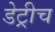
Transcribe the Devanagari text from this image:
डेट्रीच